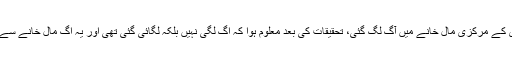
پولیس کے مطابق سات دسمبر کو بلوچستان کانسٹیبلری کے مرکزی مال خانے میں آگ لگ گئی، تحقیقات کی بعد معلوم ہوا کہ آگ لگی نہیں بلکہ لگائی گئی تھی اور یہ آگ مال خانے سے اسلحہ غائب کرنے کے بعد جان بوجھ کر لگائی گئی ۔